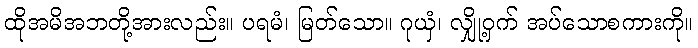
ထိုအမိအဘတို့အားလည်း။ ပရမံ၊ မြတ်သော။ ဂုယှံ၊ လျှို့ဝှက် အပ်သောစကားကို။